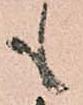
も